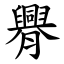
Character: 臖